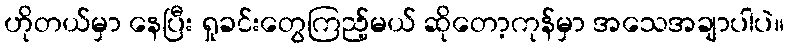
ဟိုတယ်မှာ နေပြီး ရှုခင်းတွေကြည့်မယ် ဆိုတော့ကုန်မှာ အသေအချာပါပဲ။